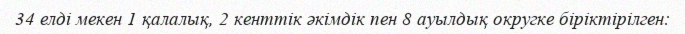
34 елді мекен 1 қалалық, 2 кенттік әкімдік пен 8 ауылдық округке біріктірілген: